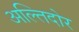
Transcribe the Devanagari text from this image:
अल्तिदोर